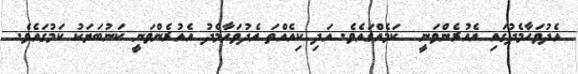
އެދުވަހާމެދުގައި އެއުރެންވަނީ  ކަމެއްގައެވެ. އަދި ކިއެއްތަ އެދުވަހާމެދު އެއުރެންވަނީ ކަނުބަޔަކު ކަމުގައެވެ.